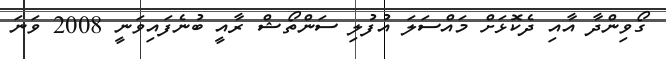
ގޯވިންދާ އާއި ދެކޮޅަށް މައްސަލަަ އުފުލި ސަންތޯޝް ރާއީ ބުނެފައިވަނީ 2008 ވަނަ